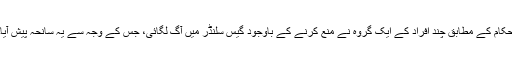
حکام کے مطابق چند افراد کے ایک گروہ نے منع کرنے کے باوجود گیس سلنڈر میں آگ لگائی، جس کے وجہ سے یہ سانحہ پیش آیا۔